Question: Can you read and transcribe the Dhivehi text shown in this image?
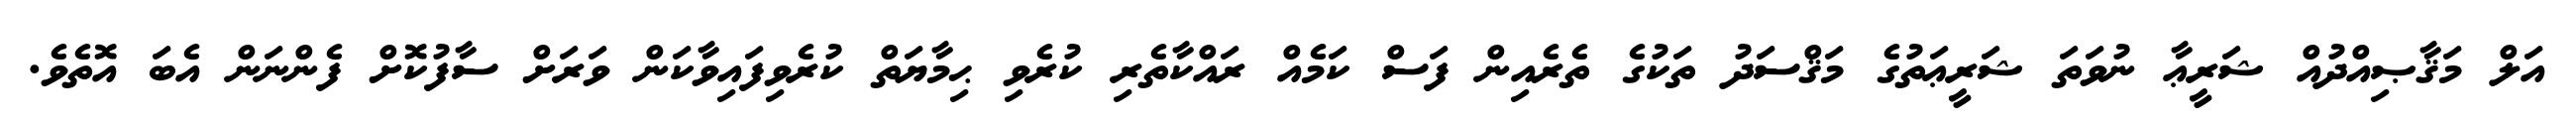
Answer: އަލް މަޤާޞިއްދުއް ޝަރީޢާ ނުވަތަ ޝަރީޢަތުގެ މަޤްސަދު ތަކުގެ ތެރެއިން ފަސް ކަމެއް ރައްކާތެރި ކުރެވި ޙިމާޔަތް ކުރެވިފައިވާކަން ވަރަށް ސާފުކޮށް ފެންނަން އެބަ އޮތެވެ.